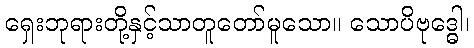
ရှေးဘုရားတို့နှင့်သာတူတော်မူသော။ သောပိဗုဒ္ဓေါ၊